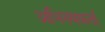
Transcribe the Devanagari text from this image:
अभिनयकर्ता